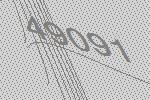
49091